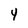
Character: 4